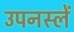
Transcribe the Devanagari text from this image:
उपनस्लें